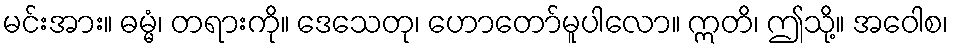
မင်းအား။ ဓမ္မံ၊ တရားကို။ ဒေသေတု၊ ဟောတော်မူပါလော။ ဣတိ၊ ဤသို့။ အဝေါစ၊